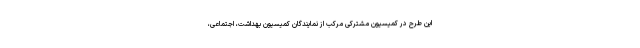
این طرح در کمیسیون مشترکی مرکب از نمایندگان کمیسیون بهداشت، اجتماعی،